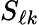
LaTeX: S_{\ell k}